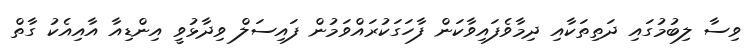
ވިސާ ލިބުމުގައި ދަތިތަކާއި ދިމާވެފައިވާކަން ފާހަގަކުރައްވަމުން ފައިސަލް ވިދާޅުވީ އިންޑިއާ އާއިއެކު ގާތް